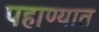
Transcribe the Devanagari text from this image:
पहाण्यात